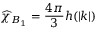
\widehat { \chi } _ { B _ { 1 } } = \frac { 4 \pi } { 3 } h ( | k | )